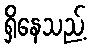
ရှိနေသည့်